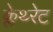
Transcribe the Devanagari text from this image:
क्लेथ्‍रेट